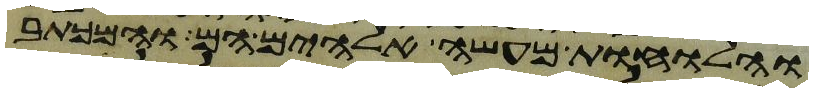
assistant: והלוחות מעשה אלהים הם והמכתב